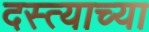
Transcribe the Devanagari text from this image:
दस्त्याच्या